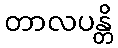
တာလပန္တိ